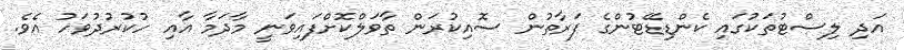
އަދި ލިސްޓުތަކުގައި ކެންޑިޑޭޓުންގެ ފަރާތުން ސޮއިކުރަން ތާވަލްކޮށްފައިވަނީ މާދަމާ އާއި ހުކުރުދުވަހު އެވެ.